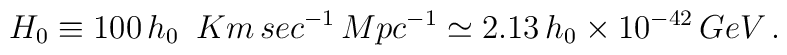
H_{0}\equiv 100\,h_{0}\ \,Km\,sec^{-1}\,Mpc^{-1}\simeq 2.13\,h_{0}\times10^{-42}\,GeV\,.